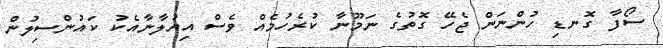
ސޯފާ ގޮނޑި ހުންނަން ޖެހޭ ގޮތުގެ ނަމޫނާ ކުރެހުމެއް ވެސް އިއުލާނާއެކު ކައުންސިލުން